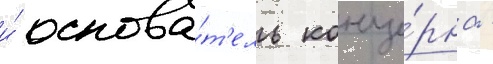
и́ основа́т'ель конце́рна -